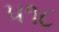
૫૧૮